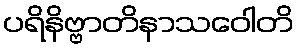
ပရိနိဗ္ဗာတိနာသဝေါတိ